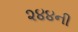
૨૪૪ની